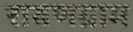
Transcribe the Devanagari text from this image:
रावणग्राम